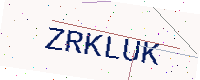
Text: ZRKLUK